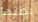
بطنها